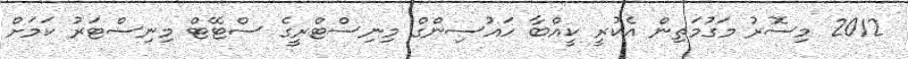
2012 މިސޮރު މަގުމަތިން އެކުރީ ކީއްބާ ހައުސިންގް މިނިސްޓްރީގެ ސްޓޭޓް މިނިސްޓަރު ކަމަށް